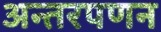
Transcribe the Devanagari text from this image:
अन्तरपणन